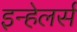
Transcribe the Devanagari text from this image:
इन्हेलर्स